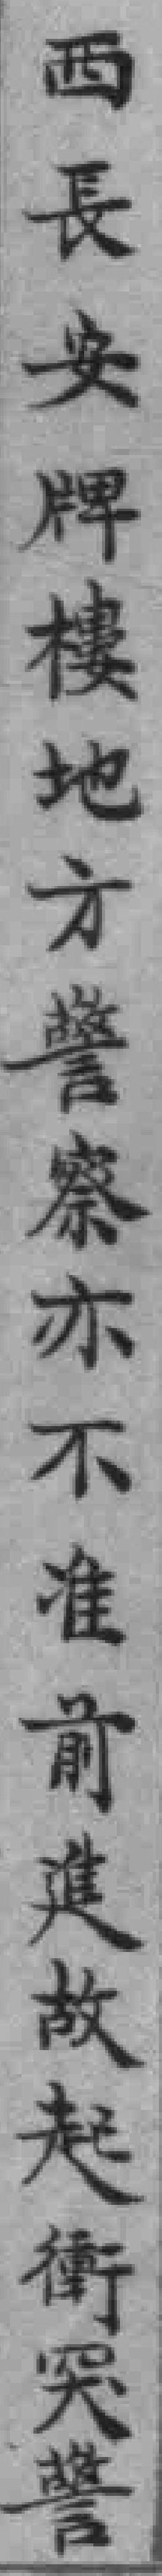
西長安牌樓地方警察亦不准前進故起衝突警